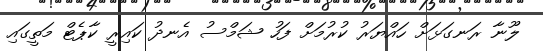
ލޫނާ ރަނގަޅަށް ހައްޔަރު ކުރުމަށް ފަހު ޝަމްސު އެނދު ކައިރީ ކާޕެޓް މަތީގައި